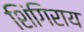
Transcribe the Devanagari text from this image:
शिंगिराय